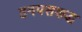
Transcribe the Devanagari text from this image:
हनपसकद्ध